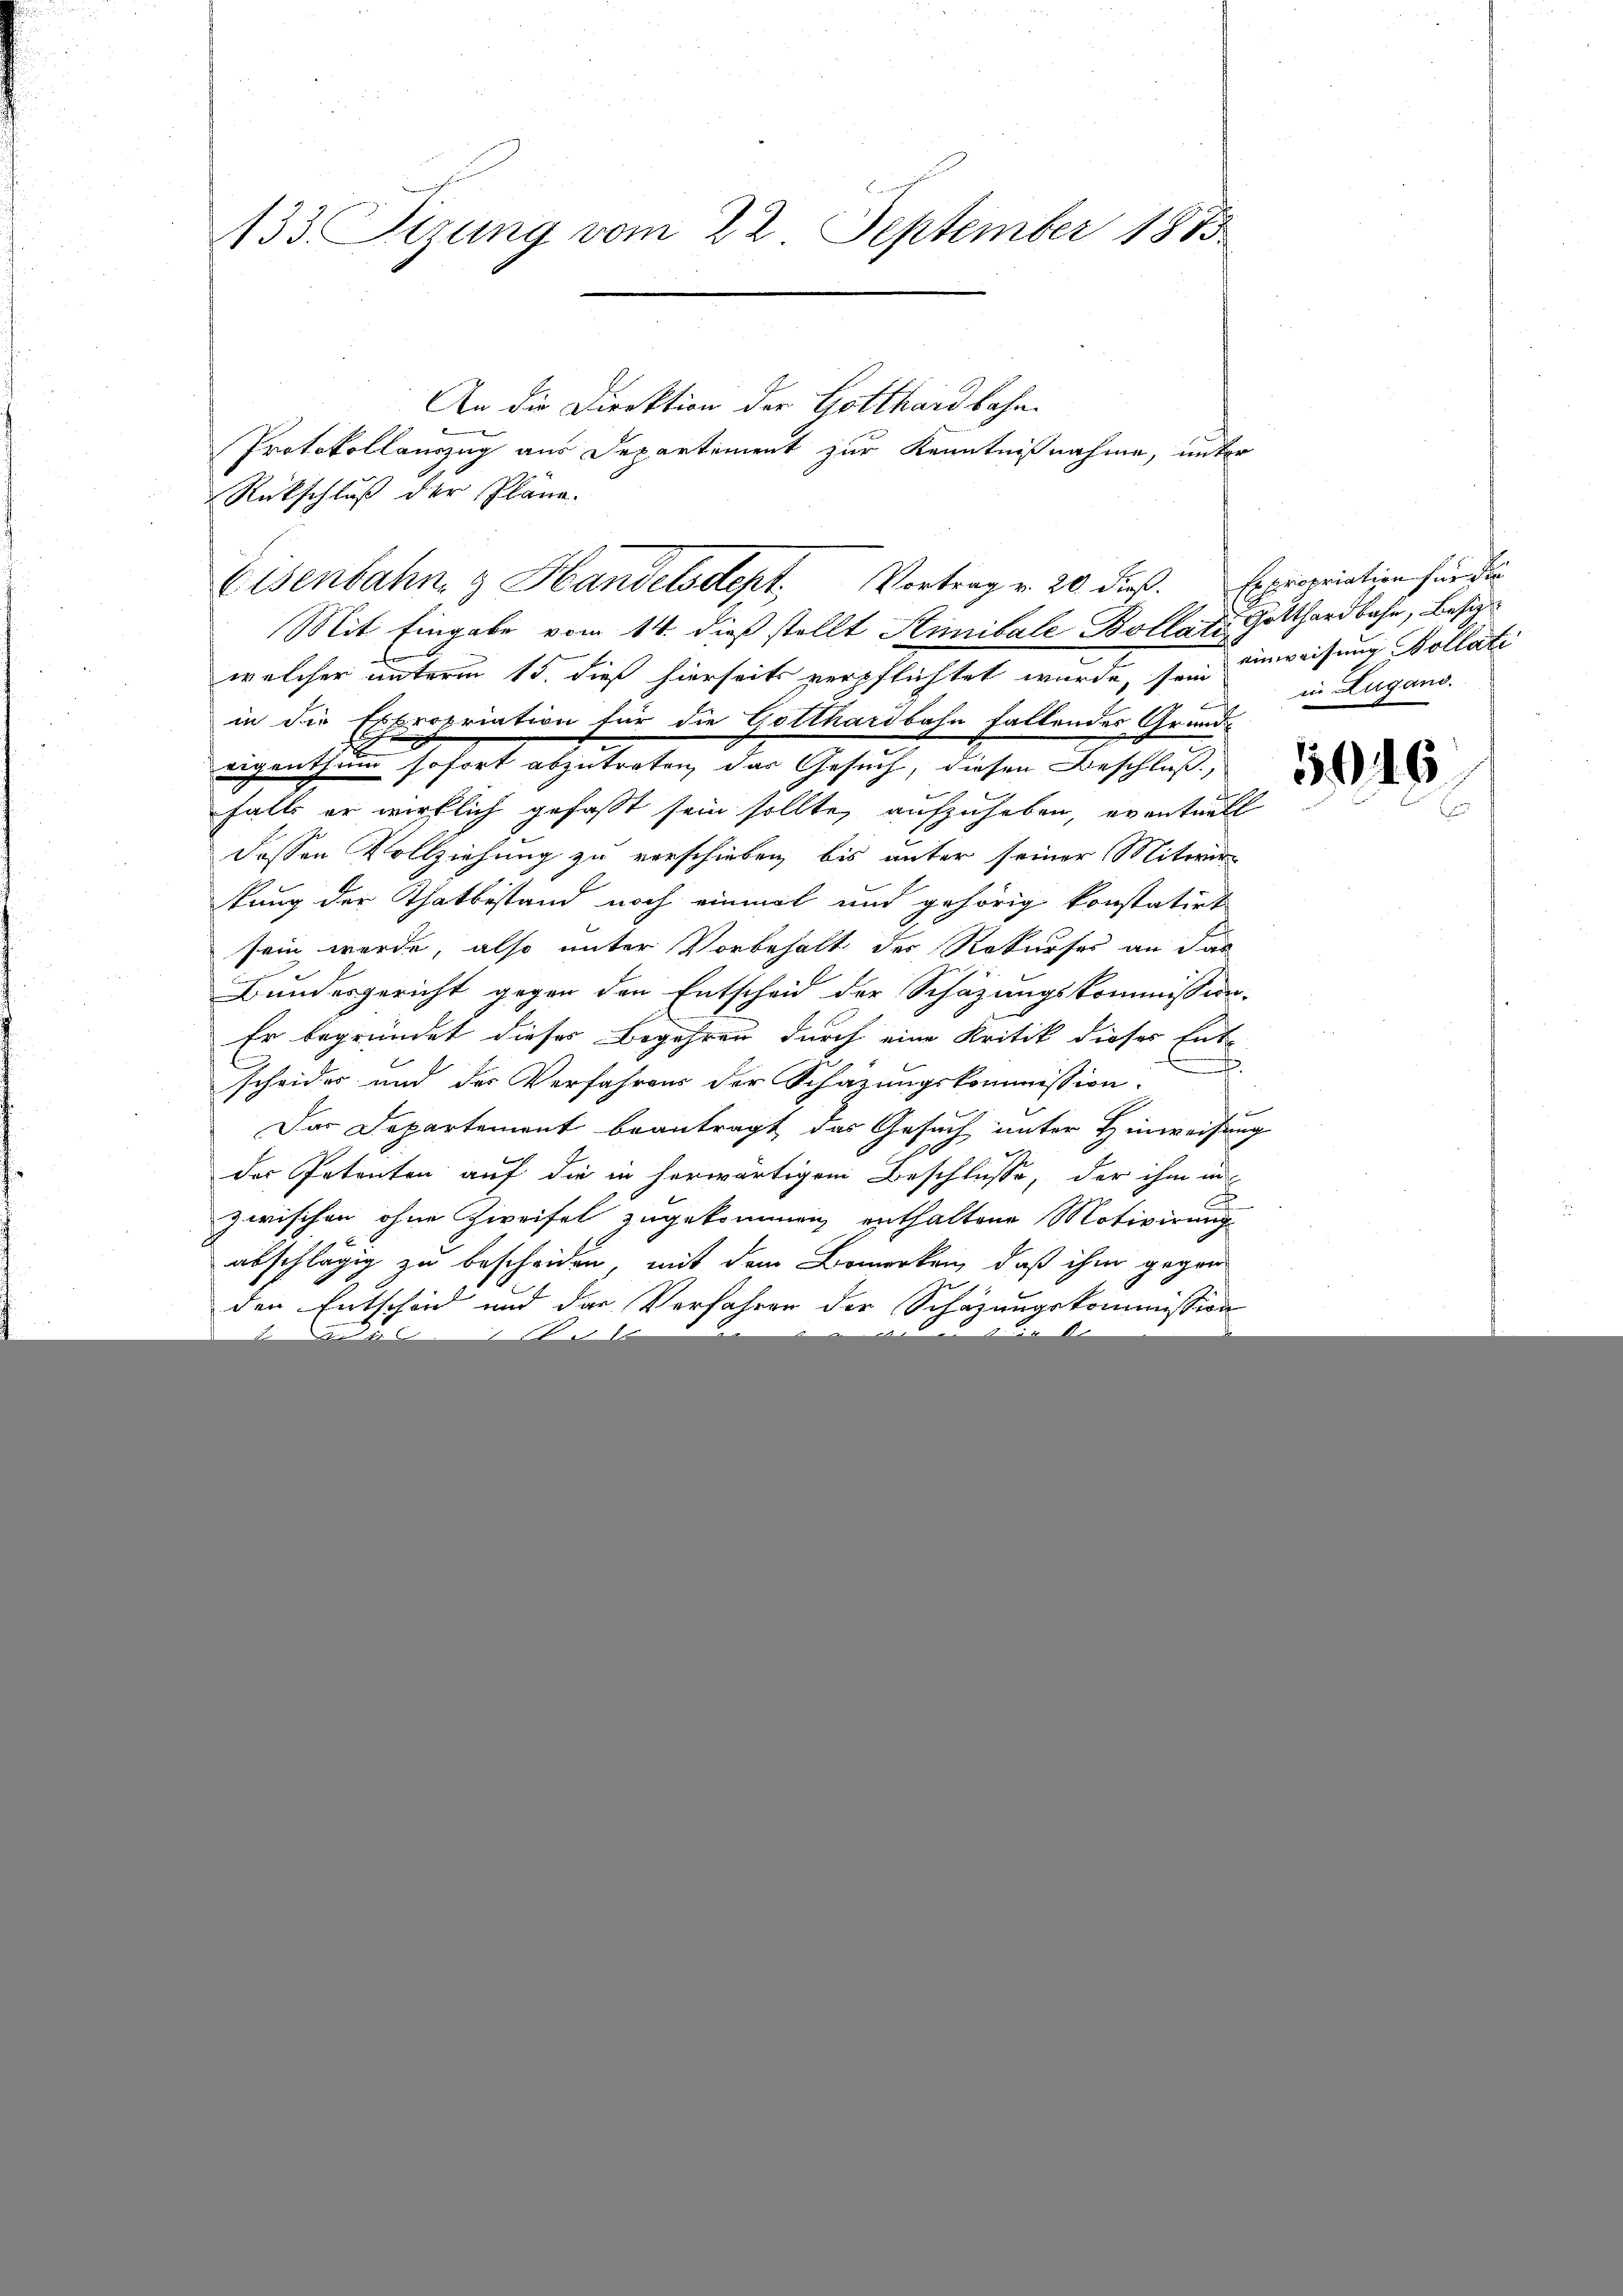
133. Sitzung vom 22. September 1815

An die Direktion der Gotthardbahn.
Protokollauszug aus Departiment zur Kenntnißnahme, unter
Eisenbahn & Handelsdept. Vortrag v. 20 dieß. Expropriation für die

Rückschluß der Pläne.
Mit Eingabe vom 14. dieß stellt Stunibale Bollate Gotthardbahn, Besit
welcher unterm 15. dieß hierseits verpflichtet wurde, sein einweisung Kollate
in die Expropriation für die Gotthardbahn fallendes Grund-
eigenthum sofort abzutreten, das Gesuch, diesen Beschluß,
falls er wirklich gefasst sein sollte, aufzuheben, eventuell
dessen Vollziehung zu verschieben, bis unter seiner Mitwir
kung der Thatbestand noch einmal und gehörig konstatirt
sein werde, also unter Vorbehalt der Rekurses an das
Bundesgericht gegen den Entscheid der Schazungskommission.
Er begründet dieses Begehren durch eine Kritik dieser Ent-
u
scheider und der Verfahrens der Schazungskommission.
.
Das Departement beantragt das Gesuch unter Hinweisung
h
des Petenten auf die in herwärtigem Beschlusse, der ihm in
zwischen ohne Zweifel zugekommen enthaltene Motivirung
abschlägig zu bescheiden, mit dem Bemerken, daß ihm gegen
den Entscheid und der Verfahren der Schazungskommission

in Lugand.

3916